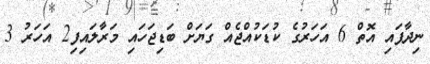
ނިދާފައި އޮތް 6 އަހަރުގެ ކުޑަކުއްޖެއް ގަޔަށް ބަޑިޖަހައި މަރާލައިފި2 އަހަރު 3